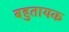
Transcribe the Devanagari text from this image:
बहुतायक